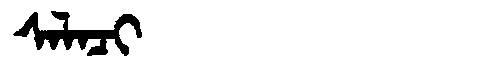
Manchu: ᠰᠠᠯᠠᠴᡳ
Romanization: SALACI